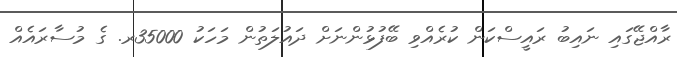
ރާއްޖޭގައި ނައިބު ރައީސްކަން ކުރެއްވި ބޭފުޅުންނަށް ދައުލަތުން މަހަކު 35000ރ. ގެ މުސާރައެއް